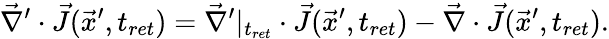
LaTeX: \vec{\nabla}^{\prime}\cdot\vec{J}(\vec{x}^{\prime},t_{ret})=\vec{\nabla}^{\prime}|_{t_{ret}}\cdot\vec{J}(\vec{x}^{\prime},t_{ret})-\vec{\nabla}\cdot\vec{J}(\vec{x}^{\prime},t_{ret}).